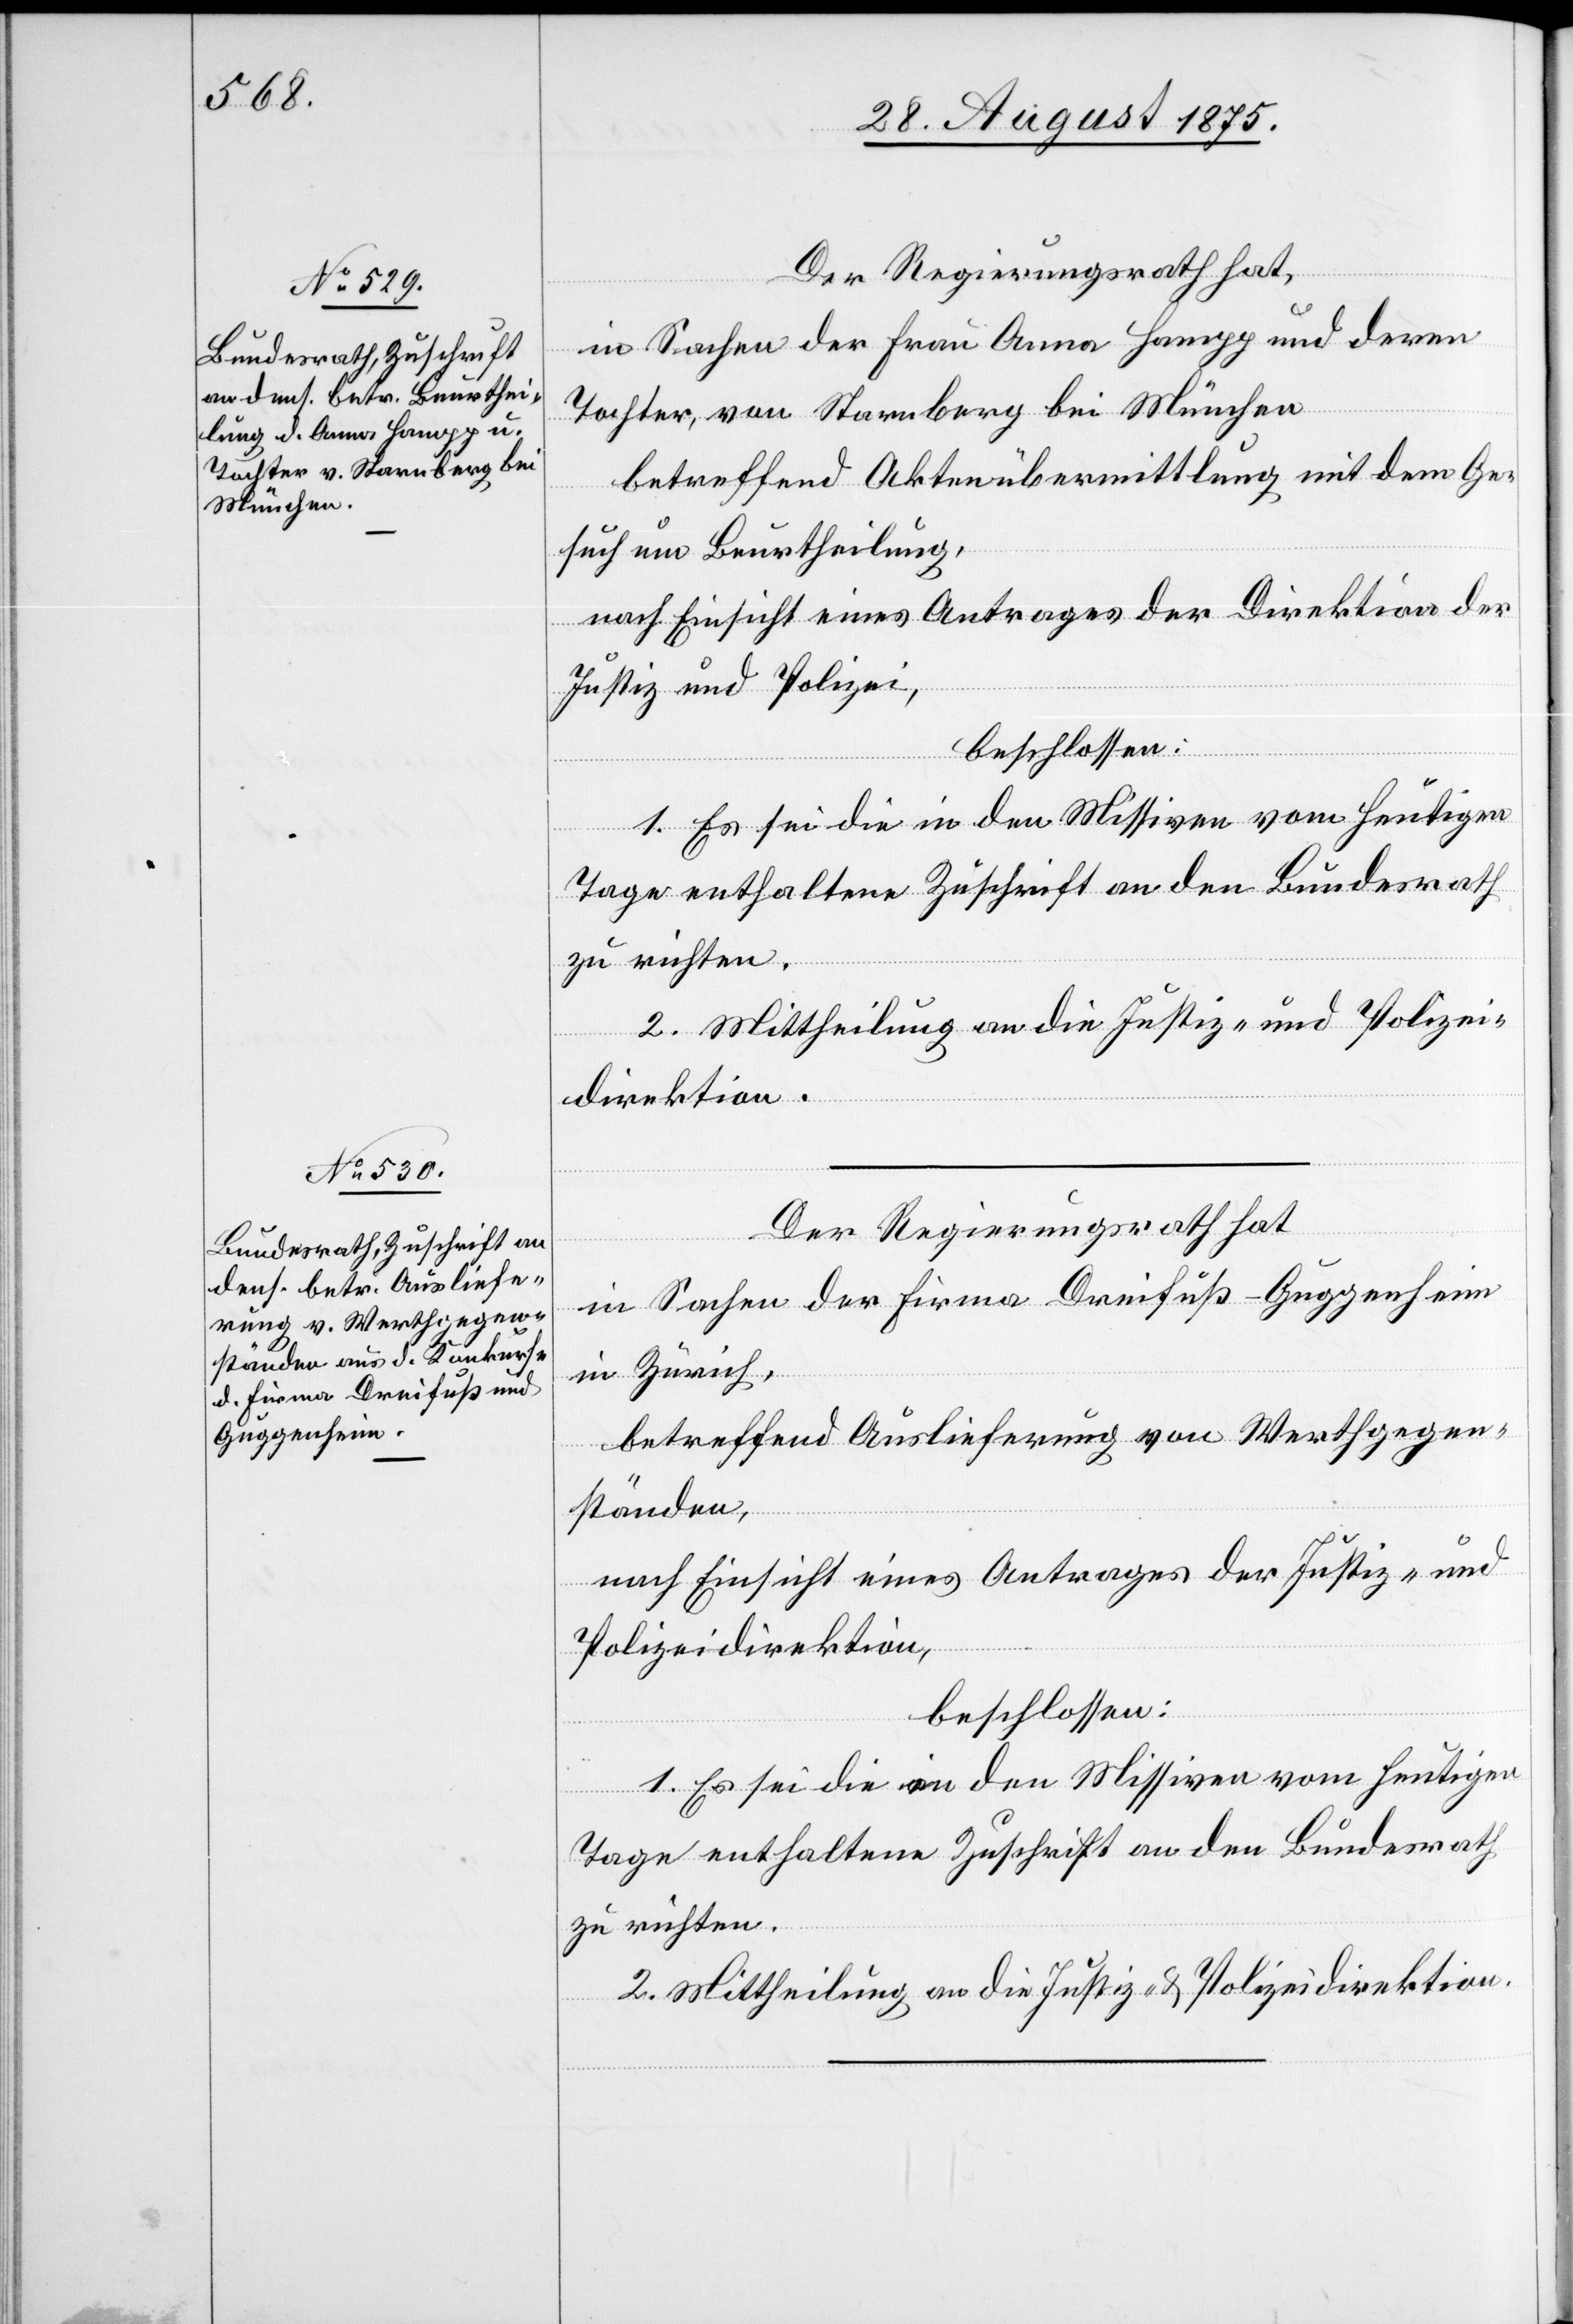
Der Regierungsrath hat,
in Sachen der Frau Anna Hampp und deren
Tochter, von Starnberg bei München
betreffend Aktenübermittlung mit dem Ge¬
such um Beurtheilung,
nach Einsicht eines Antrages der Direktion der
Justiz und Polizei,
beschlossen:
1. Es sei die in dem Missiven vom heutigen
Tage enthaltene Zuschrift an den Bundesrath
zu richten.
2. Mittheilung an die Justiz- und Polizei¬
direktion.
Der Regierungsrath hat
in Sachen der Firmal Dreifuß-Guggenheim
in Zürich,
betreffend Auslieferung von Werthgegen¬
ständen,
nach Einsicht eines Antrages der Justiz- und
Polizeidirektion,
beschlossen: